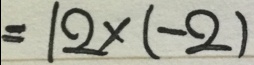
= 1 2 \times ( - 2 )